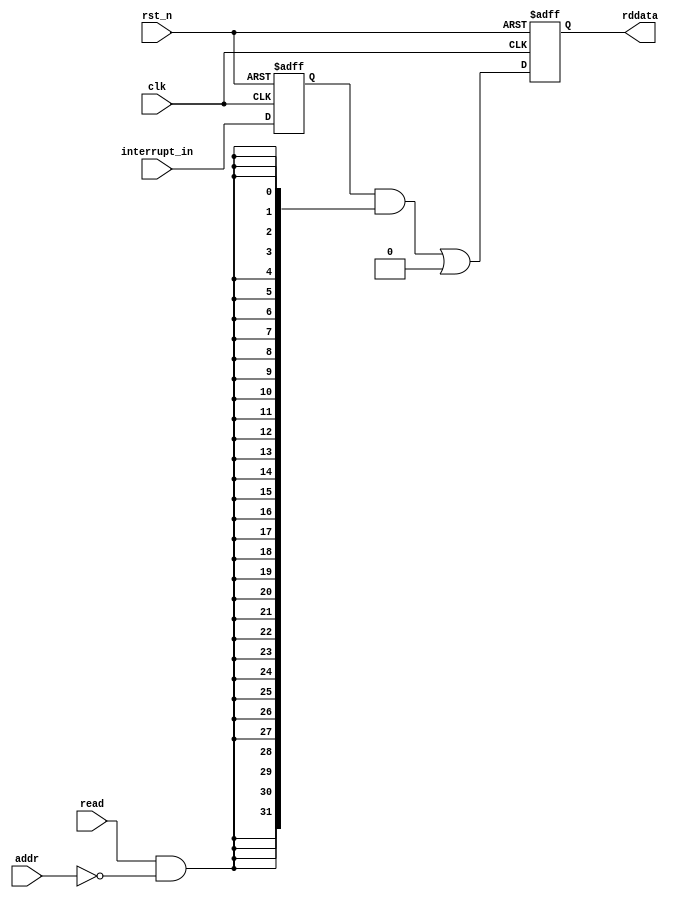
//Legal Notice: (C)2013 Altera Corporation. All rights reserved.  Your
//use of Altera Corporation's design tools, logic functions and other
//software and tools, and its AMPP partner logic functions, and any
//output files any of the foregoing (including device programming or
//simulation files), and any associated documentation or information are
//expressly subject to the terms and conditions of the Altera Program
//License Subscription Agreement or other applicable license agreement,
//including, without limitation, that your use is for the sole purpose
//of programming logic devices manufactured by Altera and sold by Altera
//or its authorized distributors.  Please refer to the applicable
//agreement for further details.

module intr_capturer #(
  parameter NUM_INTR = 32
  // active high level interrupt is expected for the input of this capturer module
)(
  input                clk,
  input                rst_n,
  input [NUM_INTR-1:0] interrupt_in,
  //input [31:0]         wrdata,
  input                addr,
  input                read,
  output [31:0]        rddata
);

  reg  [NUM_INTR-1:0]  interrupt_reg;
  reg  [31:0]          readdata_with_waitstate;
  wire [31:0]          act_readdata;
  wire [31:0]          readdata_lower_intr;
  wire [31:0]          readdata_higher_intr;
  wire                 access_lower_32;
  wire                 access_higher_32;

  always @(posedge clk or negedge rst_n) begin
    if (!rst_n) interrupt_reg <= 'b0;
    else        interrupt_reg <= interrupt_in;
    end

  generate
  if (NUM_INTR>32) begin : two_intr_reg_needed
    assign access_higher_32     = read & (addr == 1);
    
    assign readdata_lower_intr  = interrupt_reg[31:0] & {(32){access_lower_32}};
    assign readdata_higher_intr = interrupt_reg[NUM_INTR-1:32] & {(NUM_INTR-32){access_higher_32}};
    end
  else begin : only_1_reg
    assign readdata_lower_intr  = interrupt_reg & {(NUM_INTR){access_lower_32}};
    assign readdata_higher_intr = {32{1'b0}};
    end
  endgenerate

  assign access_lower_32 = read & (addr == 0);
  assign act_readdata = readdata_lower_intr | readdata_higher_intr;
  assign rddata = readdata_with_waitstate;

  always @(posedge clk or negedge rst_n) begin
    if (!rst_n) readdata_with_waitstate <= 32'b0;
    else        readdata_with_waitstate <= act_readdata;
    end
  
endmodule